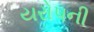
યરોપની